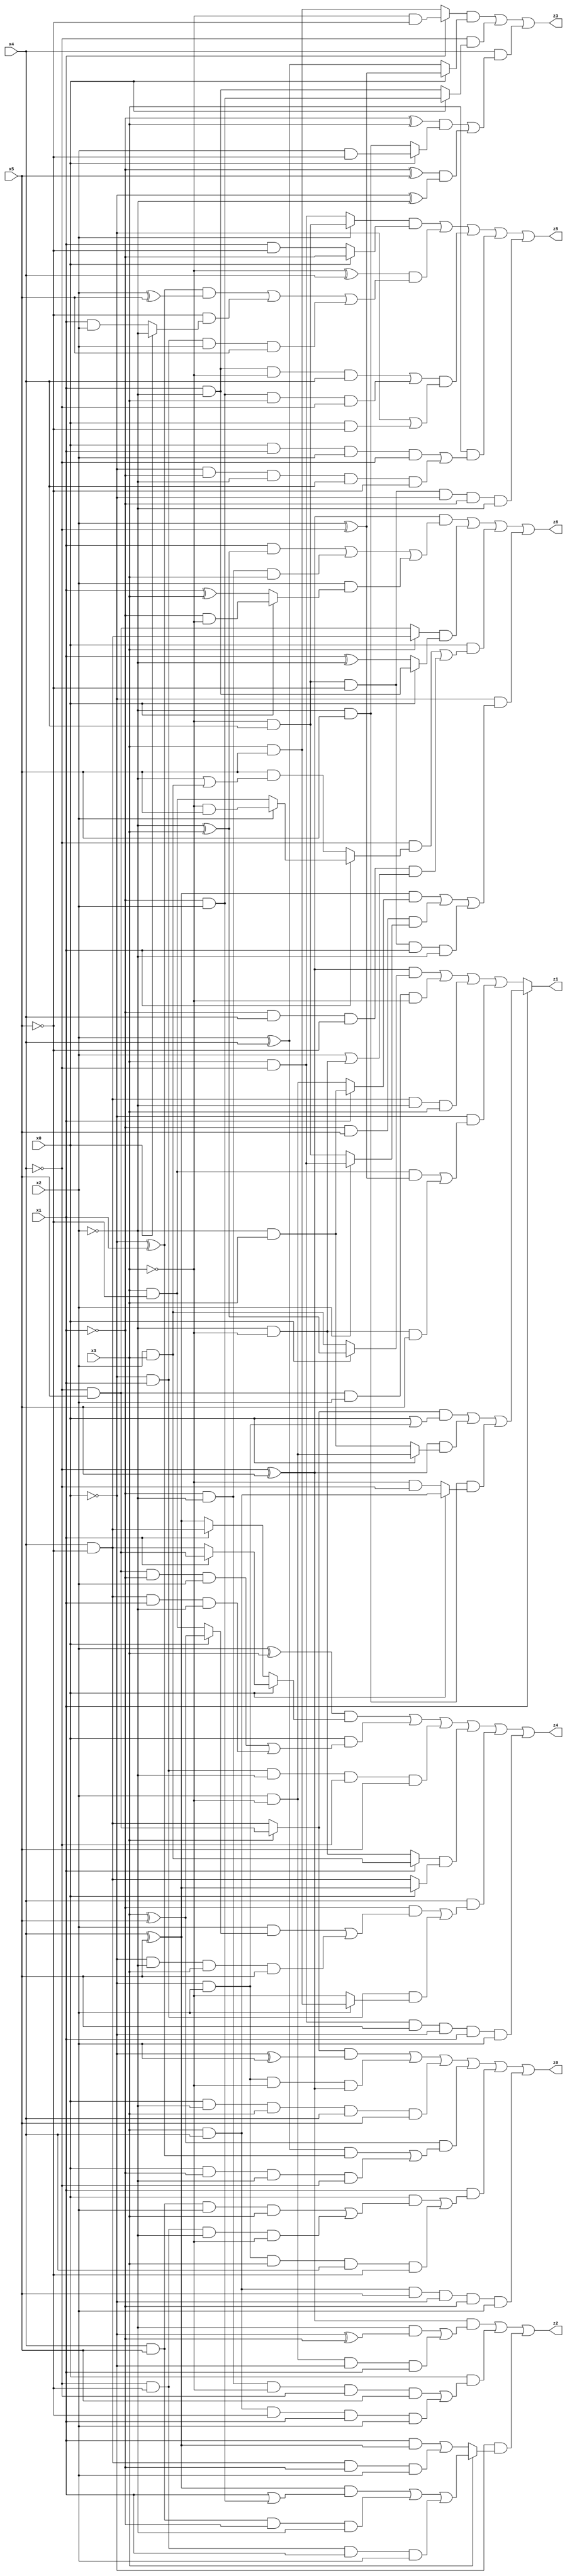
// Benchmark "X_16" written by ABC on Thu Jun 29 21:16:26 2023

module X_16 ( 
    x0, x1, x2, x3, x4, x5,
    z0, z1, z2, z3, z4, z5, z6  );
  input  x0, x1, x2, x3, x4, x5;
  output z0, z1, z2, z3, z4, z5, z6;
  assign z0 = ((x3 ? (~x4 & x5) : (x4 & ~x5)) & (~x0 ^ x2)) | (~x0 & x2 & ~x3 & (~x4 ^ x5)) | (x0 & ~x2 & x3 & x4 & x5) | ((x3 ^ x5) & (((x2 ^ x4) & (~x0 ^ x1)) | (x0 & ~x1 & ~x2 & ~x4))) | (x1 & ((x0 & ((x4 & x5 & x2 & x3) | (~x4 & ~x5 & ~x2 & ~x3))) | (~x0 & x2 & x3 & x4 & ~x5))) | (x3 & x4 & x5 & ~x0 & ~x1 & x2);
  assign z1 = x1 ? (((x3 ? (~x4 & x5) : (x4 & ~x5)) & (x0 | (~x0 & x2))) | ((~x4 ^ x5) & (x0 ? (x2 & ~x3) : (~x2 & x3))) | (~x2 & x5 & (x0 ? (x3 & x4) : (~x3 & ~x4)))) : (((~x4 ^ x5) & (x0 ? (~x2 ^ x3) : (x2 & x3))) | (~x4 & x5 & x2 & ~x3) | (x4 & ~x5 & ~x2 & x3) | (~x0 & ((x3 & ~x5 & (x2 ^ ~x4)) | (~x2 & ~x3 & x5))));
  assign z2 = ((~x4 ^ x5) & ((~x2 & (~x0 ^ ~x1)) | (x2 & ~x3 & ~x0 & x1))) | (x0 & ((~x1 & ~x2 & ~x3 & ~x4 & x5) | (x3 & x4 & ~x5 & x1 & x2))) | (~x0 & (x3 ? (((x4 ^ x5) & (x1 | (~x1 & x2))) | (x4 & x5 & ~x1 & ~x2) | (~x4 & ~x5 & x1 & x2)) : ((x1 & (x4 ^ x5)) | (x4 & ~x5 & ~x1 & x2))));
  assign z3 = ((x1 ? (~x3 & ~x5) : (x3 & x5)) & (x0 ? (x2 ^ ~x4) : (x2 ^ x4))) | (~x4 & (x0 ? (~x1 & x2) : (x1 & ~x2))) | (x4 & (((~x1 ^ x3) & (x0 ? (x2 & ~x5) : (~x2 & x5))) | ((~x1 ^ x5) & (~x0 ^ ~x2))));
  assign z4 = ((x2 ^ x3) & (x0 ? (x1 ? (~x4 & x5) : (x4 & ~x5)) : (x1 ? (x4 & ~x5) : (x4 ^ x5)))) | (x0 & ((~x4 & x5 & ~x1 & x2) | (x4 & ~x5 & x1 & ~x2))) | (~x0 & x1 & ~x2 & ~x4 & x5) | ((x1 ? (x2 & x3) : (~x2 & ~x3)) & (x0 ? (x4 ^ x5) : (x4 & ~x5))) | (x4 & ((~x1 & ((x2 & (x0 ? (x3 ^ x5) : (x3 & ~x5))) | (~x0 & ~x2 & x3 & x5))) | (~x0 & x1 & (x2 ? (x3 & x5) : ~x3)))) | (x3 & ~x4 & x5 & ~x0 & x1 & x2);
  assign z5 = ((x2 ? (~x3 & x4) : (x3 & ~x4)) & (x0 ? ~x1 : (x1 & ~x5))) | ((~x3 ^ x4) & (((~x0 ^ x1) & (x2 ^ x5)) | (~x5 & (x0 ? ~x2 : (x1 & x2))) | (~x0 & x1 & x2 & x5))) | (((x1 & ~x2 & ~x3 & x4) | (~x1 & x2 & x3 & ~x4)) & (~x0 | (x0 & ~x5))) | (x3 & ((x0 & x1 & x2 & ~x4) | (~x0 & ~x1 & ~x2 & x4 & ~x5))) | (~x3 & x4 & ~x5 & ~x0 & ~x1 & ~x2);
  assign z6 = ((~x4 ^ x5) & ((x1 & (~x2 ^ x3)) | (~x1 & ~x2 & x3) | (x2 & (x0 ? (~x1 & ~x3) : (x1 ^ x3))))) | ((x3 ? (x4 & ~x5) : (~x4 & x5)) & (x0 ? (x1 & ~x2) : (x1 ^ ~x2))) | (x0 & ((~x4 & (x1 ? (x2 ? (~x3 & x5) : (x3 & ~x5)) : (x5 & (~x2 | (x2 & x3))))) | (~x1 & x4 & ~x5 & (x2 | (~x2 & ~x3))))) | (~x0 & (((x4 ^ x5) & (x1 ? (~x2 & x3) : (x2 & ~x3))) | (~x1 & x5 & (x2 ? (x3 & ~x4) : (~x3 & x4))) | (~x3 & x4 & ~x5 & x1 & ~x2)));
endmodule